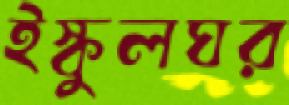
ইস্কুলঘর